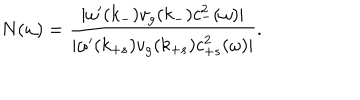
LaTeX: N ( \omega ) = \frac { | \omega ^ { \prime } ( k _ { - } ) v _ { g } ( k _ { - } ) c _ { - } ^ { 2 } ( \omega ) | } { | \omega ^ { \prime } ( k _ { + s } ) v _ { g } ( k _ { + s } ) c _ { + s } ^ { 2 } ( \omega ) | } .